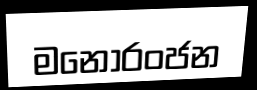
මනෝරංජන